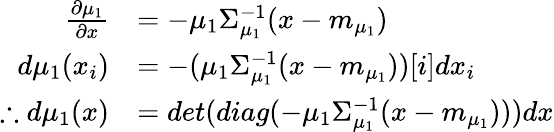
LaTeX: \begin{array}{rl}{\frac{\partial\mu_{1}}{\partial x}}&{=-\mu_{1}\Sigma_{\mu_{1}}^{-1}(x-m_{\mu_{1}})}\\ {d\mu_{1}(x_{i})}&{=-(\mu_{1}\Sigma_{\mu_{1}}^{-1}(x-m_{\mu_{1}}))[i]dx_{i}}\\ {\therefore d\mu_{1}(x)}&{=det(diag(-\mu_{1}\Sigma_{\mu_{1}}^{-1}(x-m_{\mu_{1}})))dx}\end{array}